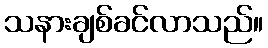
သနားချစ်ခင်လာသည်။